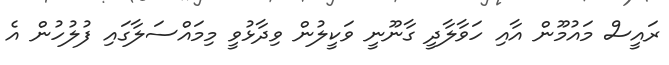
ރައީސް މައުމޫން އާއި ހަވާލާދީ ގާނޫނީ ވަކީލުން ވިދާޅުވީ މިމައްސަލާގައި ފުލުހުން އެ